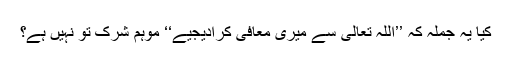
کیا یہ جملہ کہ ’’اللہ تعالیٰ سے میری معافی کرادیجیے‘‘ موہم شرک تو نہیں ہے؟